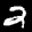
Label: 2